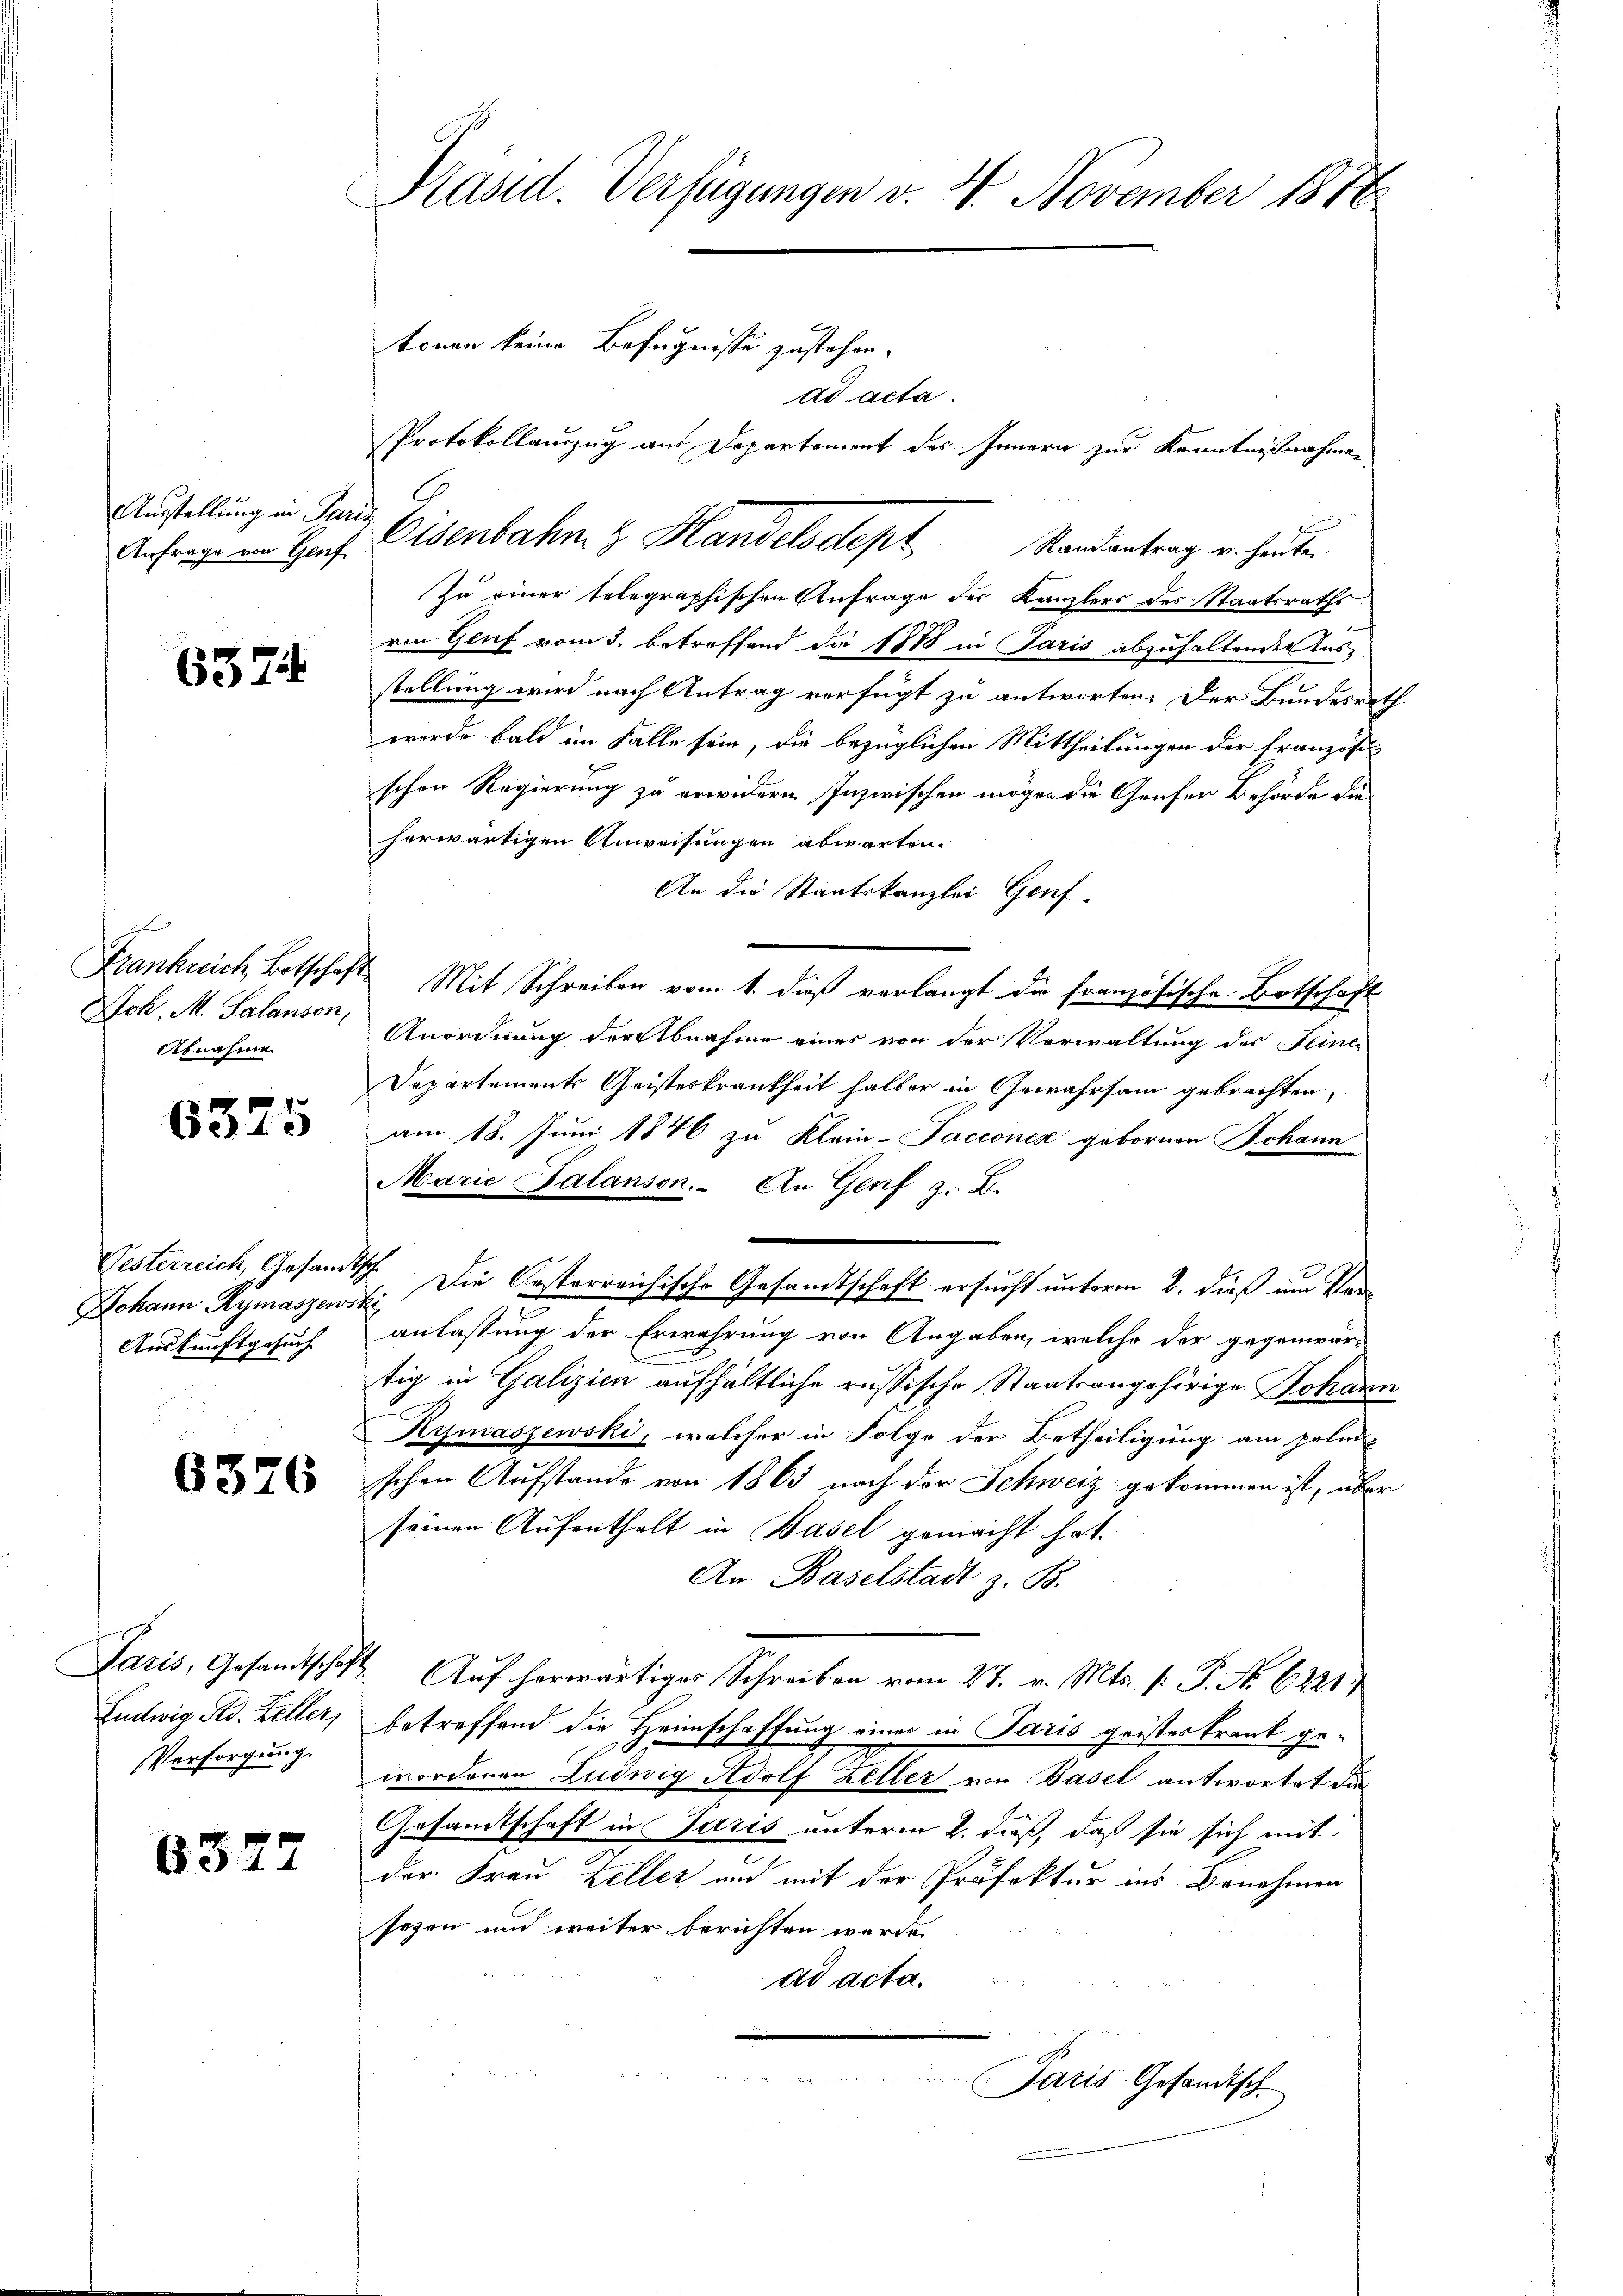
Ausstellung in Pari
Anfrage von Genf

6574

Sch. M. Salanson,
Abnahme

x
Be

Oesterreich, Gesandt
Johann Rymaszewski
Auskunftgesuch

6326

Eudwig Std. Zeller,
Versorgung.

6377

Präsid. Verfügungen v. 4. November 1876
tonen keine Befugnisse zustehen.
ad acta.
Protokollauszug aus Departement des Innern zur Kenntnißnahmen

Zu einer telegraphischen Anfrage der Kanzlers des Staatsraths
von Genf vom 3. betreffend die 1888 in Paris abzuhaltenden Ausstellung wird nach Antrag verfügt zu antworten. Der Bundesrath
werde bald im Falle sein, die bezüglichen Mittheilungen der Französi
schen Regierung zu erwidern Inzwischen mögen die Genfer Behörde die
herwärtigen Anweisungen abwarten.
An die Staatskanzlei Genf
Frankreich Botschaft Mit Schreiben vom 1. dieß verlangt die französische Botschaft
Anordnung der Abnahme eines von der Vorwaltung des Feiner
Departements Geisteskrankheit halber in Gewahrsam gebrachten,
am 18. Juni 1846 zu Klein-Jacconen gebornen Johann
Marie Palanson. An Genf z. B.
Ich. Die Casterreichische Gesamtschaft ersucht unterm 2. dieß um Veranlassung der Erwährung von Angaben, welche der gegenwär-
tig in Galizien aufhältliche russische Staatsangehörige Johann
Kymaszewski, welcher in Folge der Betheiligung am poli-
schon Aufstande von 1863 nach der Schweiz gekommen ist, über
seinen Aufenthalt in Basel gemacht hat.
An: Baselstadt z. B.
Paris, Gesandtschaft Auf herwärtiges Schreiben vom 27. v. Mts. (: P. No. 6221.
betreffend die Heimschaffung einer in Paris geisterkrank gewordenen Ludwig Adolf Zeller von Basel antwortet die
Gesamtschaft in Paris unterm 2. dieß, daß sie sich mit
der Frau Zeller und mit der Präfektur ins Benehmen
sezen und weiter berichten werde.
ad acta.

Paris Gesandtsch

Eisenbahn z. Handelsdept. Randantrag von herben